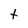
Character: t